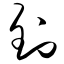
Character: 钊